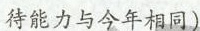
待能力与今年相同)